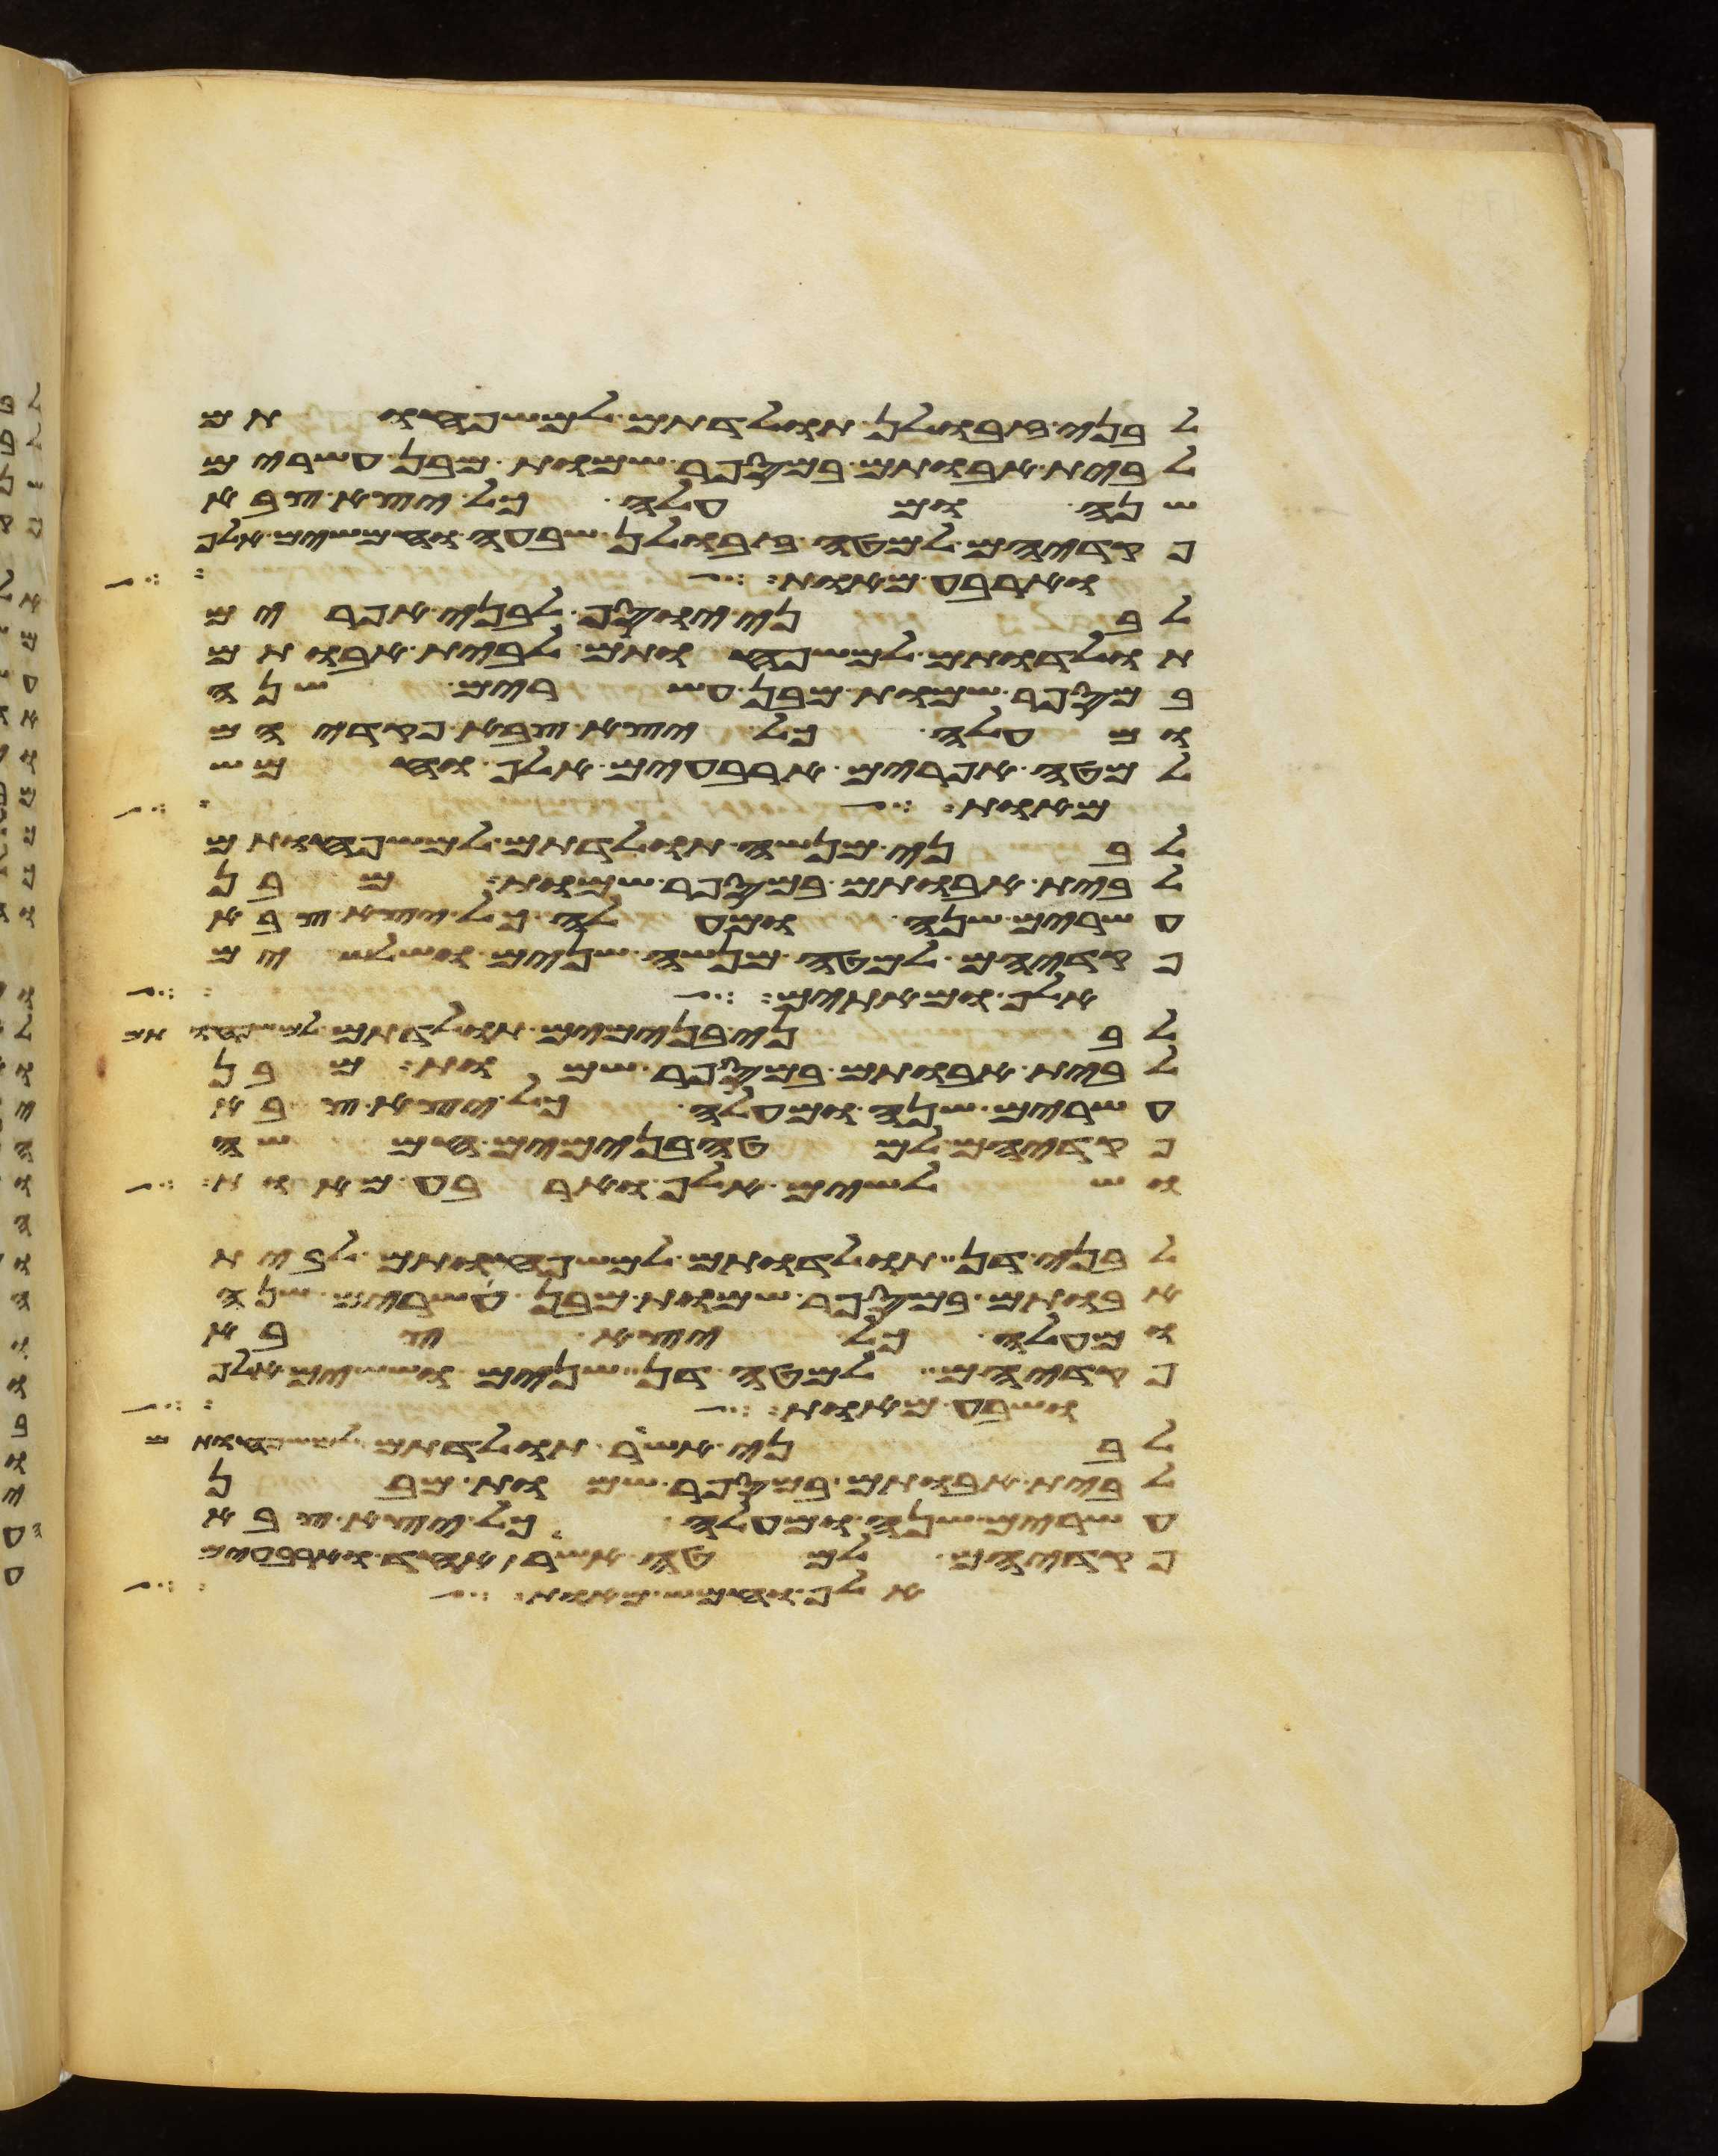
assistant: לבני זבולן תולדתם למשפחותם
לבית אבותם במספר שמות מבן עשרים
שנה ומעלה כל יצא צבא
פקדיהם למטה זבולן שבעה וחמשים אלף
וארבע מאות כל
לבני יוסף לבני אפרים
תולדתם למשפחותם לבית אבותם
במספר שמות מבן עשרים שנה
ומעלה כל יצא צבא פקדיהם
למטה אפרים ארבעים אלף וחמש
מאומה אם תעשה לי
לבני מנשה תולדתם למשפחותם
לבית אבותם במספר שמות מבן
עשרים שנה ומעלה כל יצא צבא
פקדיהם למטה מנשה שנים ושלשים
אלף ומאתים
לבני בנימים תולדתם למשפחותם
לבית אבותם במספר שמות מבן
עשרים שנה ומעלה כל יצא צבא
פקדיהם למטה בנימים חמשה
ושלשים אלף וארבע מאות
לבני דן תולדתם למשפחותם לבית
אבותם במספר שמות מבן עשרים שנה
ומעלה כל יצא צבא
פקדיהם למטה דן שנים וששים אלף
ושבע מאות
לבני אשר תולדתם למשפחותם
לבית אבותם במספר שמות מבן
עשרים שנה ומעלה כל יצא צבא
פקדיהם למטה אשר אחד וארבעים
אלף וחמש מאות אלה